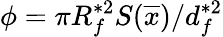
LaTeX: \phi=\pi R_{f}^{\ast 2}S(\overline{{x}})/d_{f}^{\ast 2}